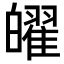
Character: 𤾫